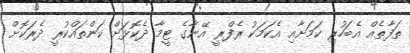
ތަފާތެއް އެބަހުރި ކަމަށާއި އެކަމަކު ރެފްރީ އޭނާގެ ޓީމާ ދެކޮޅަށް ކަންތައްކުރީ ދެރަކޮށް